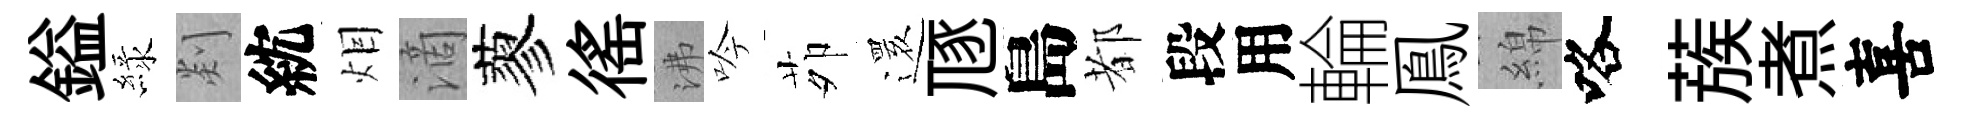
鎰緑剡紞𤇆滴蓼徭沸吟茆𮟃豗島都段用輪鳯綿咯蔟煮喜